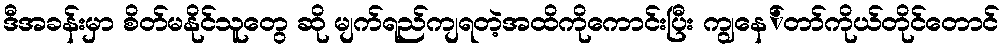
ဒီအခန်းမှာ စိတ်မနိုင်သူတွေ ဆို မျက်ရည်ကျရတဲ့အထိကိုကောင်းပြီး ကျွနေ်တာ်ကိုယ်တိုင်တောင်